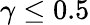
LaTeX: \gamma\leq 0.5